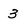
Character: 3